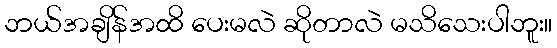
ဘယ်အချိန်အထိ ပေးမလဲ ဆိုတာလဲ မသိသေးပါဘူး။